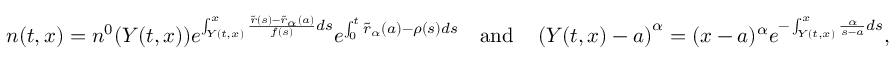
n ( t , x ) = n ^ { 0 } ( Y ( t , x ) ) e ^ { \int _ { Y ( t , x ) } ^ { x } { \frac { \tilde { r } ( s ) - \tilde { r } _ { \alpha } ( a ) } { f ( s ) } d s } } e ^ { \int _ { 0 } ^ { t } { \tilde { r } _ { \alpha } ( a ) - \rho ( s ) d s } } \quad \mathrm { a n d } \quad \left( Y ( t , x ) - a \right) ^ { \alpha } = ( x - a ) ^ { \alpha } e ^ { - \int _ { Y ( t , x ) } ^ { x } { \frac { \alpha } { s - a } } d s } ,